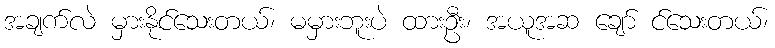
အချက်လဲ မှားနိုင်သေးတယ်၊ မမှားဘူးပဲ ထားဦး၊ အယူအဆ ချော် င်သေးတယ်၊